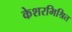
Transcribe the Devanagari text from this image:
केशरमिश्रित